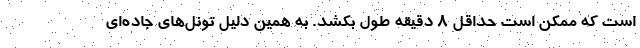
است که ممکن است حداقل 8 دقیقه طول بکشد. به همین دلیل تونل‌های جاده‌ای